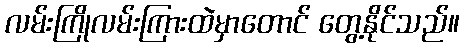
လမ်းကြိုလမ်းကြားထဲမှာတောင် တွေ့နိုင်သည်။